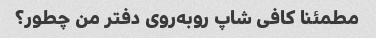
مطمئنا کافی شاپ روبه‌روی دفتر من چطور؟